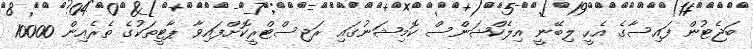
ބަޖެޓުން ފައިސާގެ އެހީ ލިބޭނީ އިލެކްޝަންސް ކޮމިޝަނުގައި ރަޖިސްޓްރީކޮށްފައިވާ ޕާޓީތަކުގެ ތެރެއިން 10000